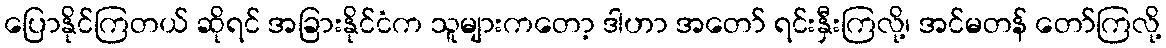
ပြောနိုင်ကြတယ် ဆိုရင် အခြားနိုင်ငံက သူများကတော့ ဒါဟာ အတော် ရင်းနှီးကြလို့၊ အင်မတန် တော်ကြလို့